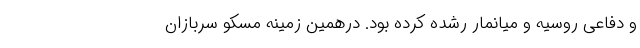
و دفاعی روسیه و میانمار رشده کرده بود. درهمین زمینه مسکو سربازان